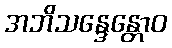
အဘိသန္ဒေန္တောဝ